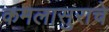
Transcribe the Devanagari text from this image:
कमलासुराचे